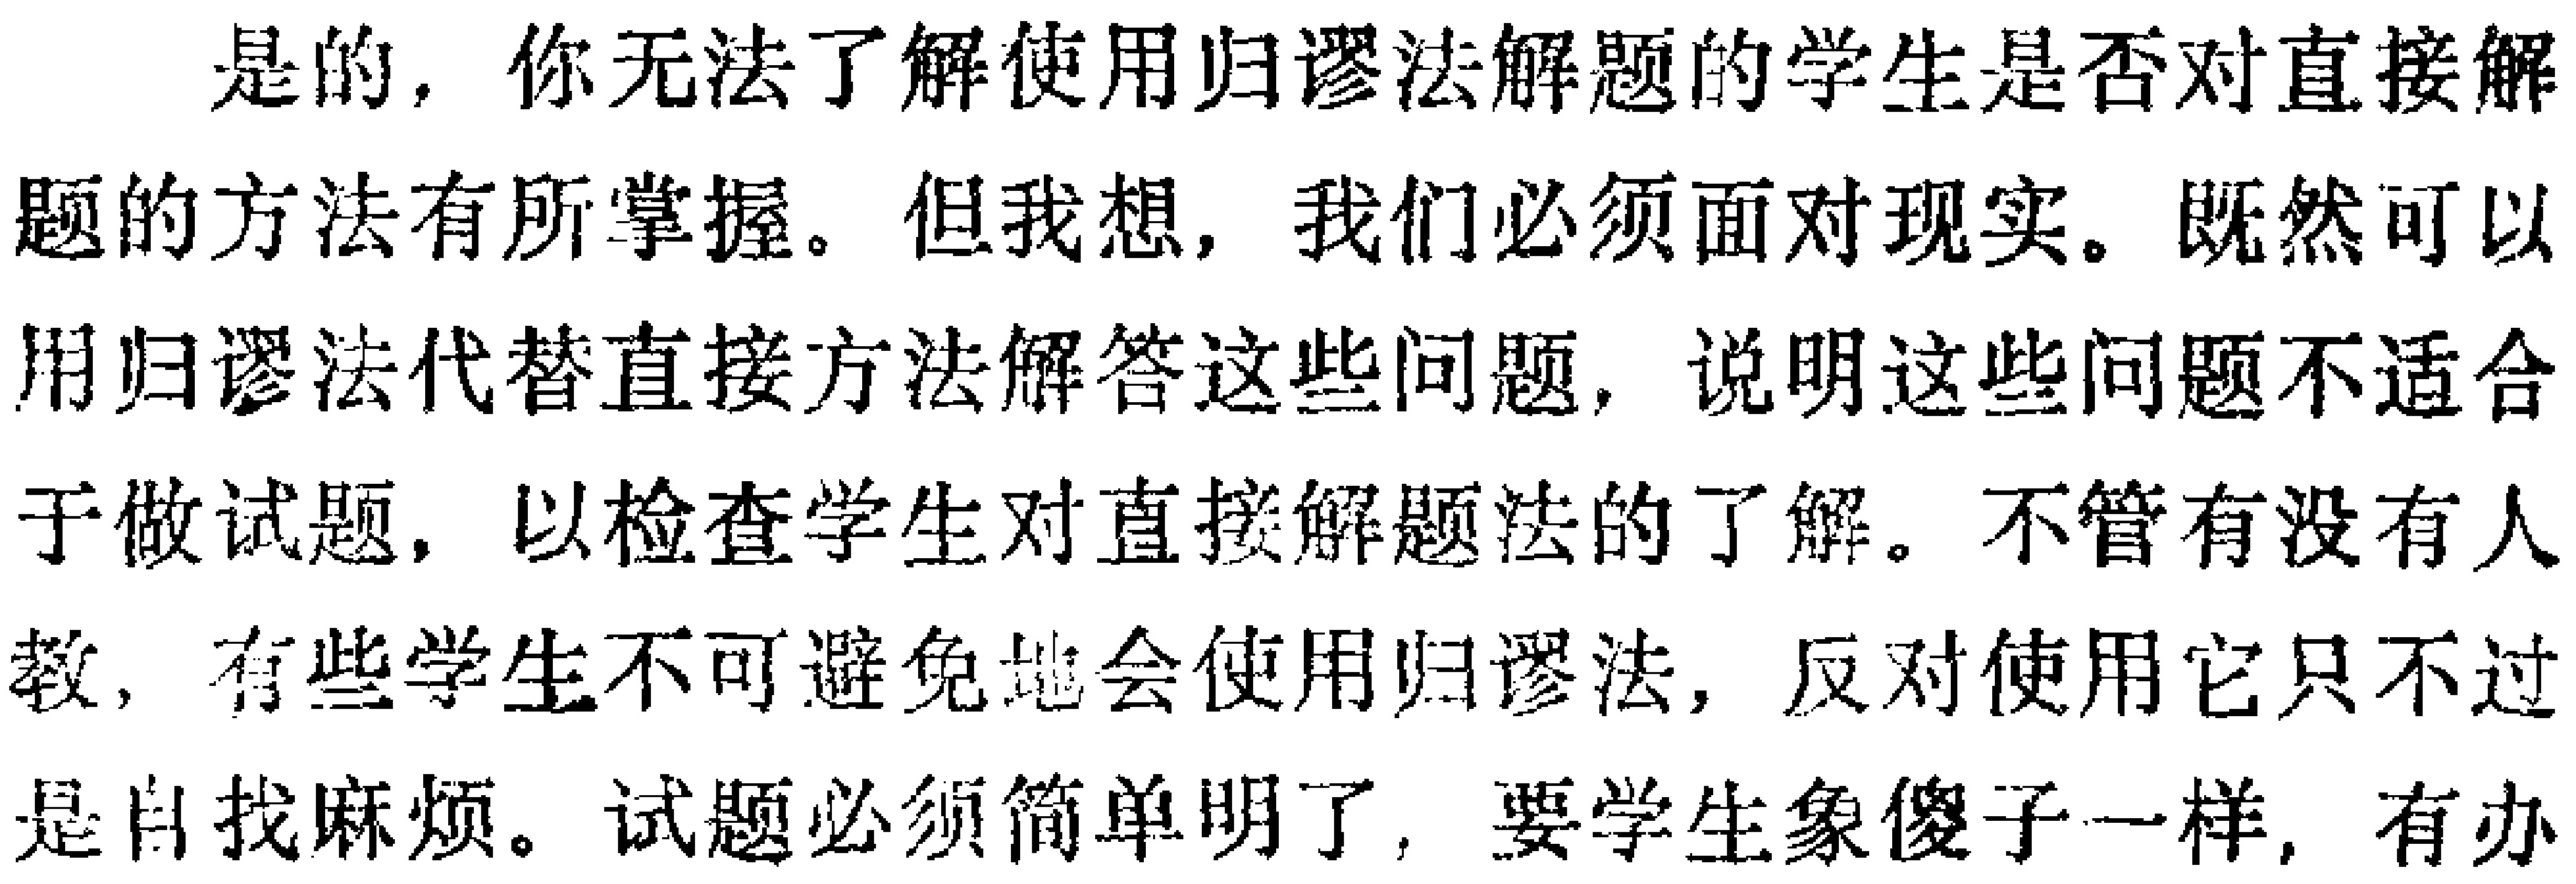
是的，你无法了解使用归谬法解题的学生是否对直接解题的方法有所掌握。但我想，我们必须面对现实。既然可以用归谬法代替直接方法解答这些问题，说明这些问题不适合于做试题，以检查学生对直接解题法的了解。不管有没有人教，有些学生不可避免地会使用归谬法，反对使用它只不过是自找麻烦。试题必须简单明了，要学生象傻子一样，有办